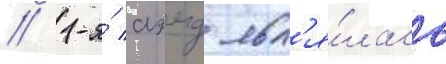
// 1-я́ аэмд явл'я́лась